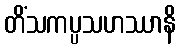
တိံသကပ္ပသဟဿာနိ